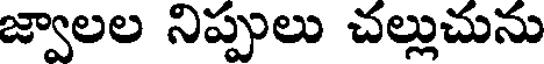
జ్వాలల నిప్పులు చల్లుచును